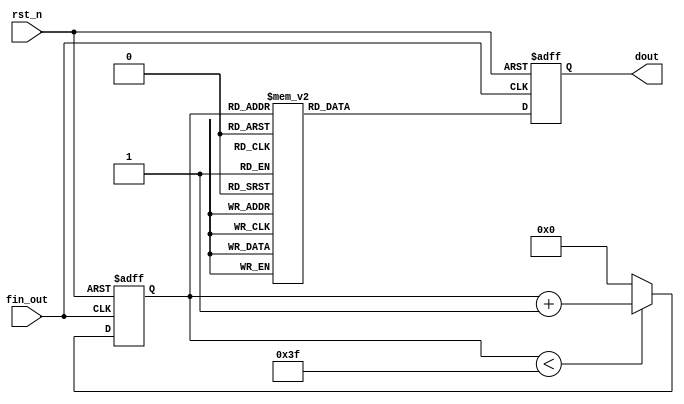
module dac(     //digital artificial change
    fin_out,    //finfout
    rst_n  ,
    dout
    );

    input               fin_out;
    input               rst_n  ;

    output reg [7:0]    dout   ;

    reg [7:0]           d      ;
    reg [5:0]           q      ;    //finfout

    always@(posedge fin_out or negedge rst_n)begin  //finfout
        if(rst_n==1'b0)begin
            q <= 1'b0;
        end
        else if(q<63) begin
            q <= q + 1'b1;
        end
        else begin
            q <= 1'b0;
        end
    end

    always  @(*)begin   //
        case(q) //
          00:  d=255; 01:  d=254; 02:  d=252; 03:  d=249;
          04:  d=245; 05:  d=239; 06:  d=233; 07:  d=225;
          08:  d=217; 09:  d=207; 10:  d=197; 11:  d=186;
          12:  d=174; 13:  d=162; 14:  d=150; 15:  d=137;
          16:  d=124; 17:  d=112; 18:  d=99;  19:  d=87;
          20:  d=75;  21:  d=64;  22:  d=53;  23:  d=43;
          24:  d=34;  25:  d=26;  26:  d=19;  27:  d=13;
          28:  d=8;   29:  d=4;   30:  d=1;   31:  d=0;
          32:  d=0;   33:  d=1;   34:  d=4;   35:  d=8;
          36:  d=13;  37:  d=19;  38:  d=26;  39:  d=34;
          40:  d=43;  41:  d=53;  42:  d=64;  43:  d=75;
          44:  d=87;  45:  d=99;  46:  d=112; 47:  d=124;
          48:  d=137; 49:  d=150; 50:  d=162; 51:  d=174;
          52:  d=186; 53:  d=197; 54:  d=207; 55:  d=217;
          56:  d=225; 57:  d=233; 58:  d=239; 59:  d=245;
          60:  d=249; 61:  d=252; 62:  d=254; 63:  d=255;
          default : d=0;
        endcase
    end

    always  @(posedge fin_out or negedge rst_n)begin    //
        if(rst_n==1'b0)begin
            dout <= 1'b0;
        end
        else begin
            dout <= d;
        end
    end

    endmodule